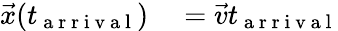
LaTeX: \begin{array}{rl}{\vec{x}(t_{\mathrm{~a~r~r~i~v~a~l~}})}&{{}=\vec{v}t_{\mathrm{~a~r~r~i~v~a~l~}}}\end{array}